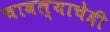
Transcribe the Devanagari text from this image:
चावल्याचेही